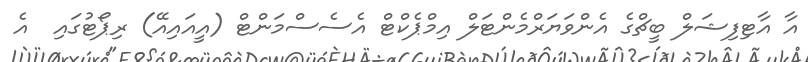
އާ އާޓިފިޝަލް ބީޗްގެ އެންވަޔަރްމެންޓަލް އިމްޕެކްޓް އެސެސްމަންޓް (އީއައިއޭ) ރިޕޯޓުގައި  އެ